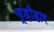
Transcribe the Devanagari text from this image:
चूड़ीहार